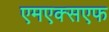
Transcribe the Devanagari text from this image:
एमएक्सएफ